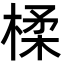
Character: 楺